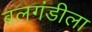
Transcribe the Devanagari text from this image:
बलगंडीला